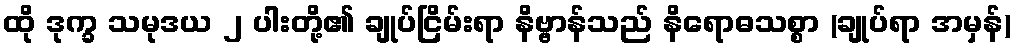
ထို ဒုက္ခ သမုဒယ ၂ ပါးတို့၏ ချုပ်ငြိမ်းရာ နိဗ္ဗာန်သည် နိရောဓသစ္စာ (ချုပ်ရာ အမှန်)